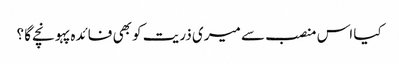
کیا اس منصب سے میری ذریت کو بھی فائدہ پہونچے گا ؟